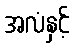
အလံနှင့်